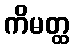
ကိမတ္ထ